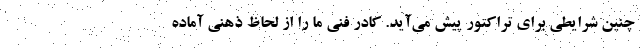
چنین شرایطی برای تراکتور پیش می‌آید. کادر فنی ما را از لحاظ ذهنی آماده